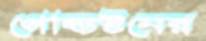
গোল্ডস্টনের